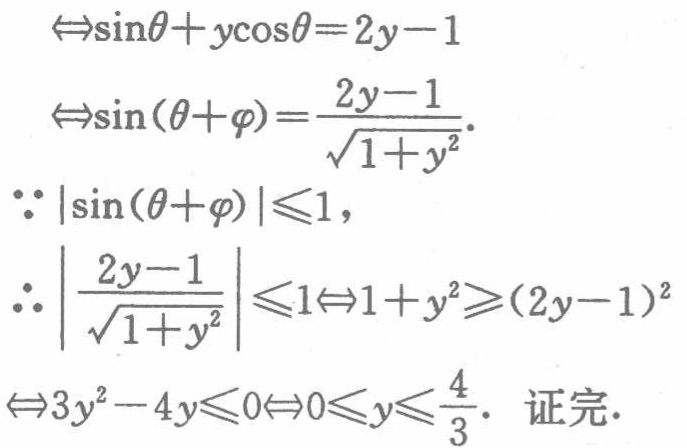
\begin{align*}

&\Leftrightarrow\sin\theta + y\cos\theta=2y - 1\\

&\Leftrightarrow\sin(\theta+\varphi)=\frac{2y - 1}{\sqrt{1 + y^{2}}}.\\

&\because|\sin(\theta+\varphi)|\leq1,\\

&\therefore\left|\frac{2y - 1}{\sqrt{1 + y^{2}}}\right|\leq1\Leftrightarrow1 + y^{2}\geq(2y - 1)^{2}\\

&\Leftrightarrow3y^{2}-4y\leq0\Leftrightarrow0\leq y\leq\frac{4}{3}.\text{ 证完.}

\end{align*}